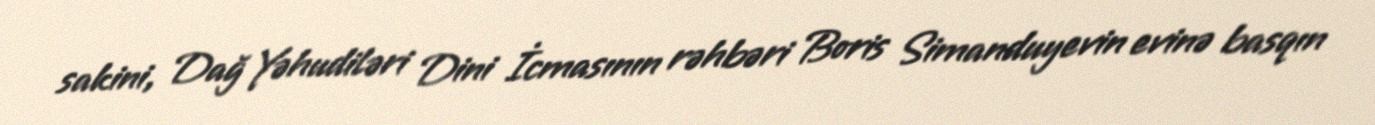
sakini, Dağ Yəhudiləri Dini İcmasının rəhbəri Boris Simanduyevin evinə basqın